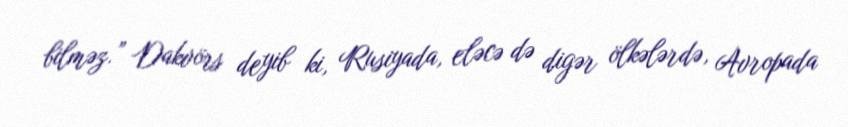
bilməz.” Dakvörs deyib ki, Rusiyada, eləcə də digər ölkələrdə, Avropada